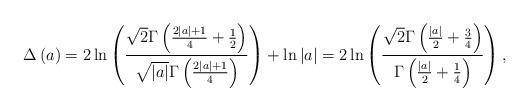
LaTeX: \begin{align*}\Delta\left(a\right) &= 2\ln\left(\frac{\sqrt{2}\Gamma\left(\frac{2\left|a\right| + 1}{4} + \frac{1}{2}\right)}{\sqrt{\left|a\right|}\Gamma\left(\frac{2\left|a\right| + 1}{4}\right)}\right) + \ln{\left|a\right|} = 2\ln\left(\frac{\sqrt{2}\Gamma\left(\frac{\left|a\right|}{2} + \frac{3}{4}\right)}{\Gamma\left(\frac{\left|a\right|}{2} + \frac{1}{4}\right)}\right),\end{align*}